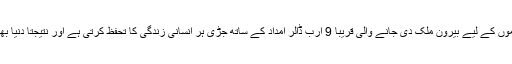
اب یہ ہماری جانب سے صحت عامہ کے عالمگیر سالانہ پروگراموں کے لیے بیرون ملک دی جانے والی قریباً 9 ارب ڈالر امداد کے ساتھ جُڑی ہر انسانی زندگی کا تحفظ کرتی ہے اور نتیجتاً دنیا بھر میں پہلے سے کہیں بڑی تعداد میں نا زائیدہ بچوں کو بچاتی ہے۔